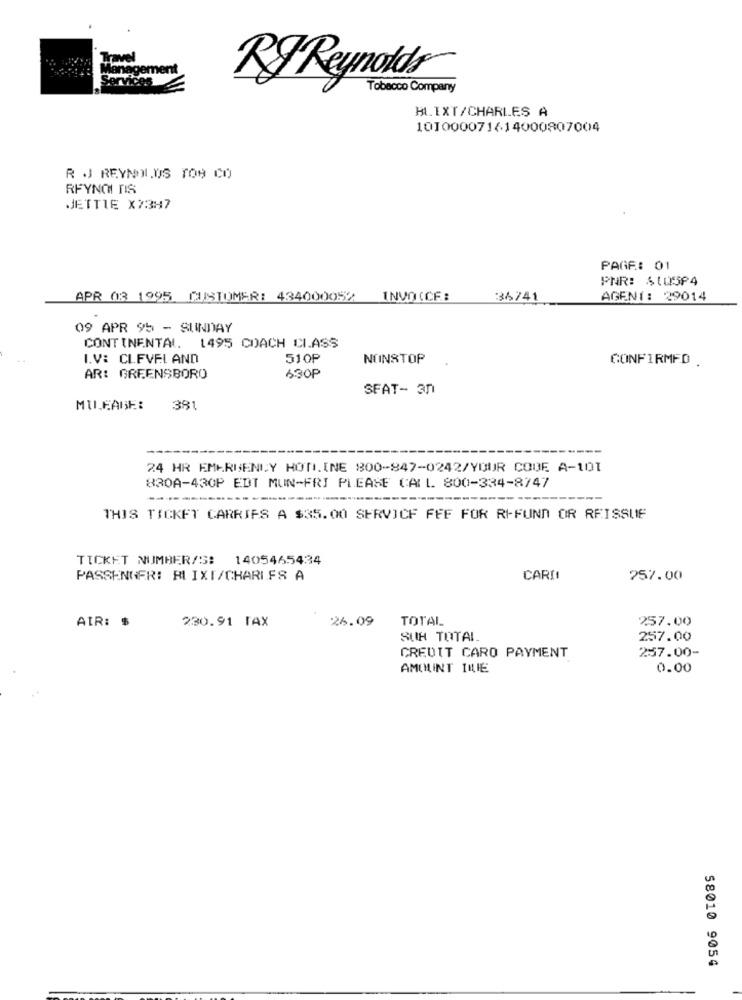
RJ Reynolds
Tobacco Company
H.IXT/CHARLES A
101000071614000807004
R J REYNOLDS TON ICO
RFYNOI TIS
JETTLE XX3H7
PAGE: 01
PNR: $1Q5P4
APR 03 1995 CUSTOMER: 434000052
INVO (CF :
36741
AGENT: 29014
09 APR 95 - SUNDAY
CONTINENTAL. 1495 COACH CLASS
I.V: CLEVELAND
51OP
NONSTOP
CONFIRMED .
AR: GREENSBORO
630P
SFAT- 30
MILEAGE:
381
24 HR EMERGENCY HON.INE 800-847-0242/YOUR COUE A-101
830A-430P EDT MUN-FRI PLEASE CALL. 800-334-8747
THIS TICKET CARRIES A $35.00 SERVICE FFF FOR RIFUND OR REISSUE
TICKET NUMBER/S!
1405465434
PASSENGER: BLIXT/CHARLES A
CARII
257.00
AIR:
230.91 TAX
26.09
TOTAL
257.00
SUR TOTAL
257.00
CREDIT CARD PAYMENT
257.00-
AMCHINT ILLE
0.00
58010 9054